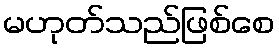
မဟုတ်သည်ဖြစ်စေ